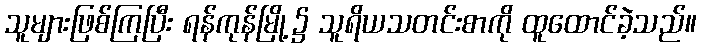
သူများဖြစ်ကြပြီး ရန်ကုန်မြို့၌ သူရိယသတင်းစာကို ထူထောင်ခဲ့သည်။